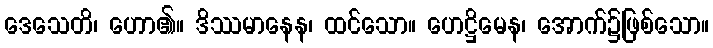
ဒေသေတိ၊ ဟော၏။ ဒိဿမာနေန၊ ထင်သော။ ဟေဋ္ဌိမေန၊ အောက်၌ဖြစ်သော။